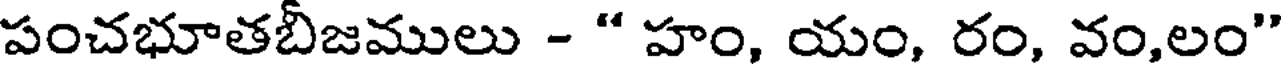
పంచభూతబీజములు - " హం, యం, రం, వం,లం"